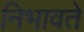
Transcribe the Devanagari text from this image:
निभावते